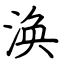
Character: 涣